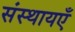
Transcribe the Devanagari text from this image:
संस्थायएँ